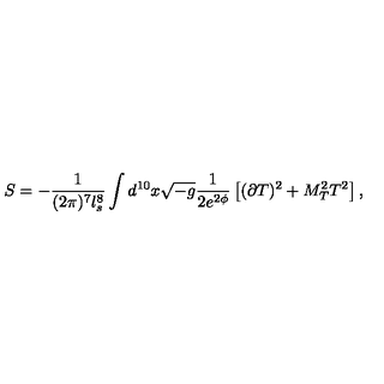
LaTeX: S = - \frac { 1 } { ( 2 \pi ) ^ { 7 } l _ { s } ^ { 8 } } \int d ^ { 1 0 } x \sqrt { - g } \frac { 1 } { 2 e ^ { 2 \phi } } \left[ ( \partial T ) ^ { 2 } + M _ { T } ^ { 2 } T ^ { 2 } \right] ,